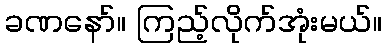
ခဏနော်။ ကြည့်လိုက်အုံးမယ်။